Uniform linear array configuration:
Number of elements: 24
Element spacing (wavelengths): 0.25
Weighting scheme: exponential
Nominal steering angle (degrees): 15
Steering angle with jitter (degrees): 13.491
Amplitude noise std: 0.05
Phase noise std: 0.05

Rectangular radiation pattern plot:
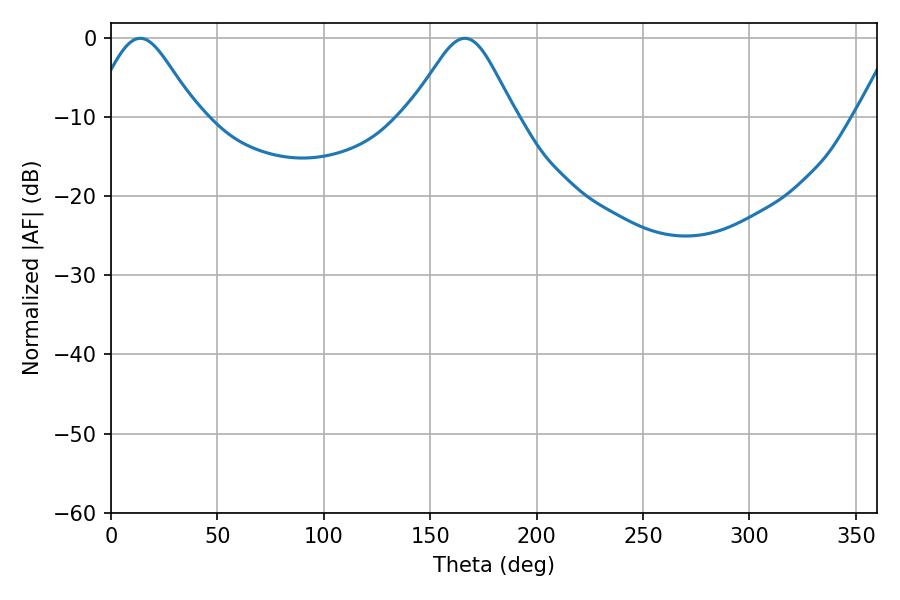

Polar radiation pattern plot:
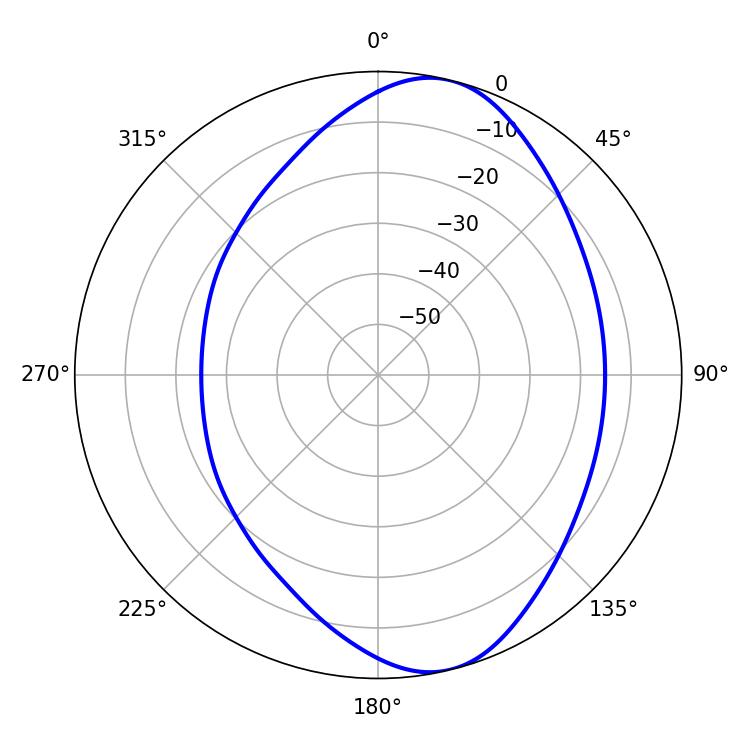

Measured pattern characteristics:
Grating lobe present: FALSE
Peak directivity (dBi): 8.355
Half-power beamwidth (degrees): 24.12
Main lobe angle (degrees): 13.68